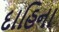
દાહિના